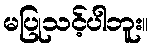
မပြုသင့်ပါဘူး။